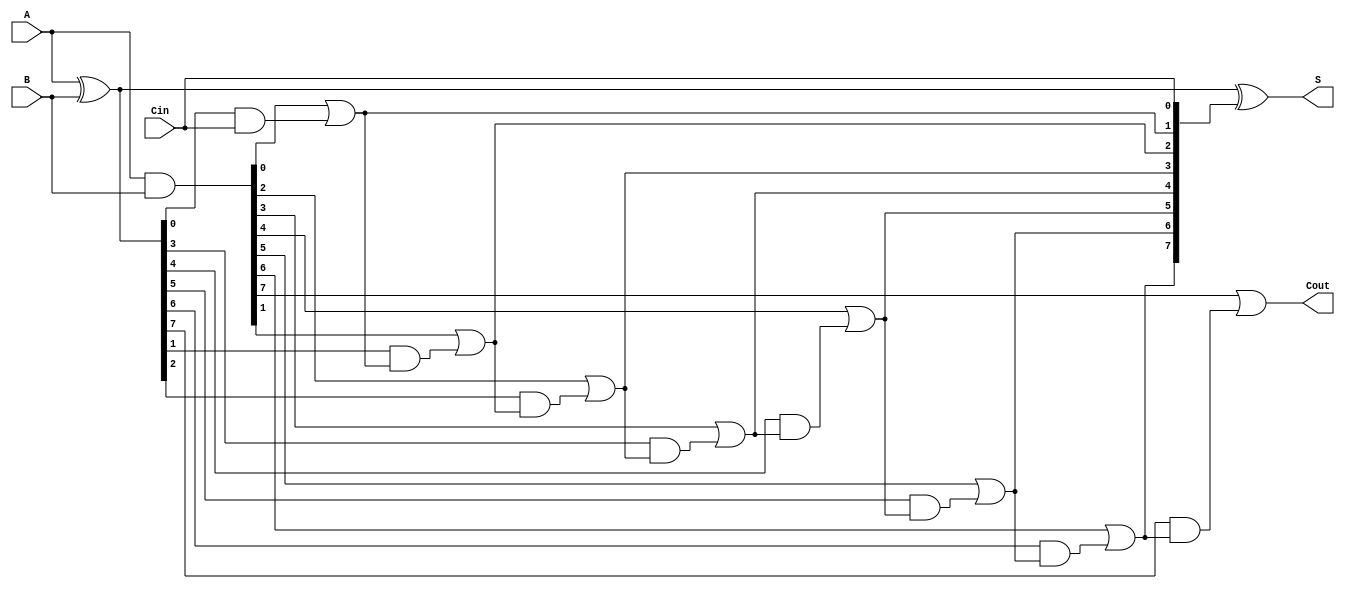
module SklanskyAdder #(parameter n = 8) (
    input [n-1:0] A,
    input [n-1:0] B,
    input Cin,
    output [n-1:0] S,
    output Cout
);

    // Generate and Propagate signals
    wire [n-1:0] G; // Generate
    wire [n-1:0] P; // Propagate
    wire [n:0] C;   // Carry

    // Initial carry
    assign C[0] = Cin;

    // Generate and Propagate calculations
    assign G = A & B;           // G[i] = A[i] & B[i]
    assign P = A ^ B;           // P[i] = A[i] ^ B[i]

    // Carry generation
    genvar i;
    generate
        for (i = 0; i < n; i = i + 1) begin : carry_gen
            if (i == 0) begin
                // First carry is initialized
                assign C[i+1] = G[i] | (P[i] & C[i]); // C[1] = G[0] | (P[0] & C[0])
            end else begin
                assign C[i+1] = G[i] | (P[i] & C[i]); // C[i+1] = G[i] | (P[i] & C[i])
            end
        end
    endgenerate

    // Sum calculations
    assign S = A ^ B ^ C[n-1:0]; // S[i] = A[i] ^ B[i] ^ C[i]

    // Final carry out
    assign Cout = C[n];

endmodule